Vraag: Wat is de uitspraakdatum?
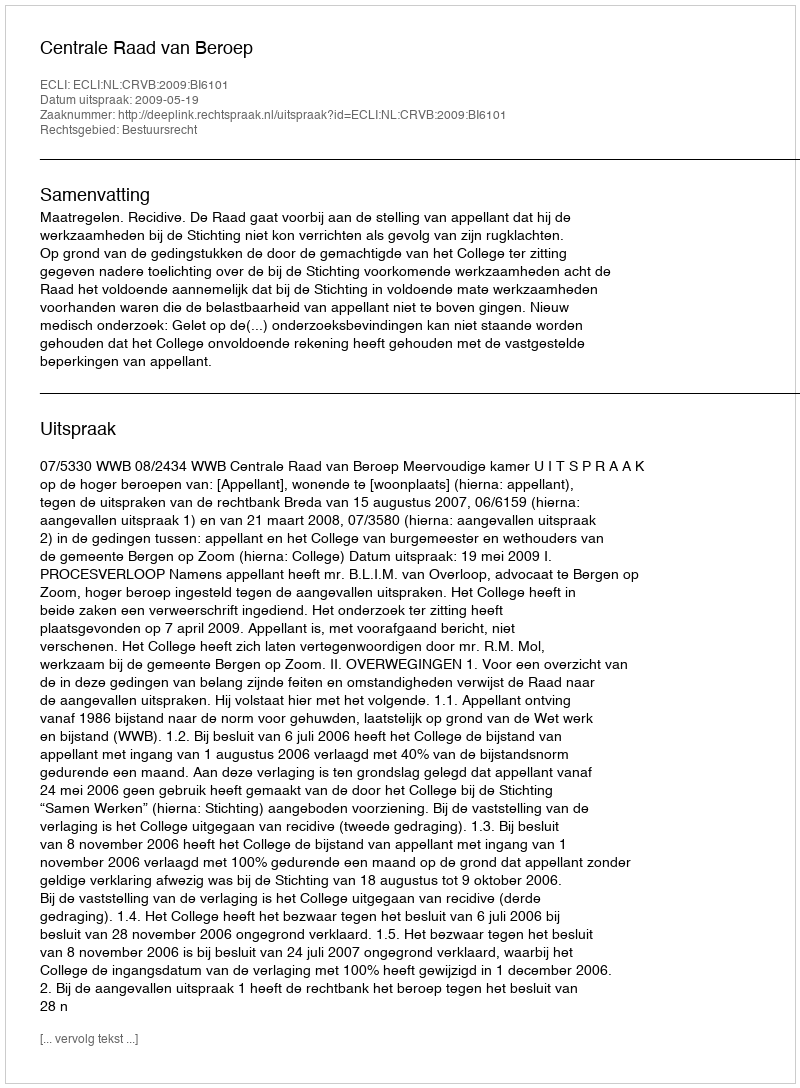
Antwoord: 2009-05-19